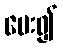
မေး၍